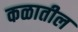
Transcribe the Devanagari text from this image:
कळातील